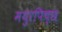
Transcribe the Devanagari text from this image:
मयुरपिच्छ